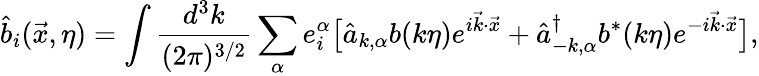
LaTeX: \hat{b}_{i}(\vec{x},\eta)=\int\frac{d^{3}k}{(2\pi)^{3/2}}\sum_{\alpha}e_{i}^{\alpha}\bigl[\hat{a}_{k,\alpha}b(k\eta)e^{i\vec{k}\cdot\vec{x}}+\hat{a}_{-k,\alpha}^{\dagger}b^{\ast}(k\eta)e^{-i\vec{k}\cdot\vec{x}}\bigr],